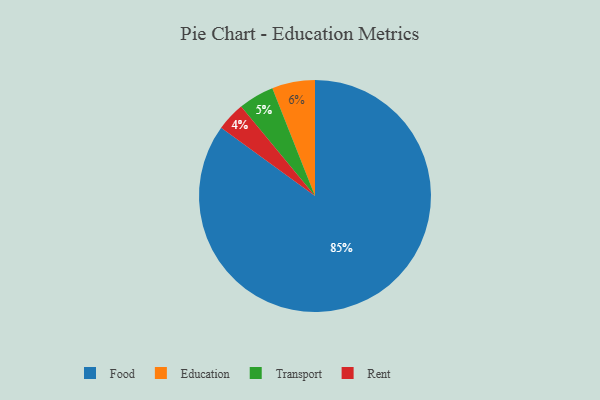
{"axis": {"x": "Category", "y": "Percentage"}, "legend": ["Education", "Food", "Rent", "Transport"], "data": [{"x": "Rent", "y": 4, "type": "Rent"}, {"x": "Education", "y": 6, "type": "Education"}, {"x": "Transport", "y": 5, "type": "Transport"}, {"x": "Food", "y": 85, "type": "Food"}]}